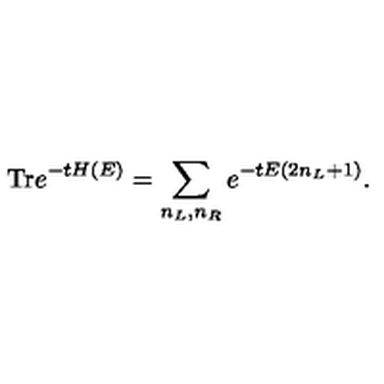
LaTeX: \mathrm { T r } e ^ { - t H ( E ) } = \sum _ { n _ { L } , n _ { R } } e ^ { - t E ( 2 n _ { L } + 1 ) } .